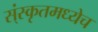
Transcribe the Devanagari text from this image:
स्ंस्कृतमध्येच